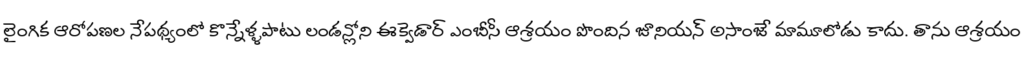
లైంగిక ఆరోపణల నేపథ్యంలో కొన్నేళ్ళపాటు లండన్లోని ఈక్వెడార్ ఎంబీసీ ఆశ్రయం పొందిన జూనియన్ అసాంజే మామూలోడు కాదు. తాను ఆశ్రయం